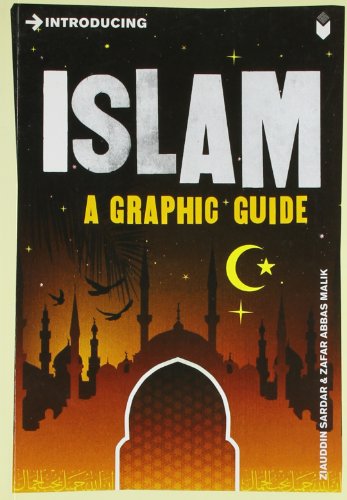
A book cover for Introducing Islam: A Graphic Guide; Ziauddin Sardar; Comics & Graphic Novels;